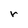
Character: r